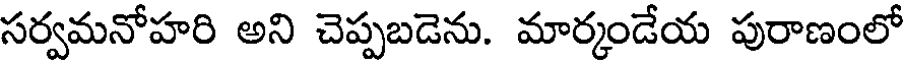
సర్వమనోహరి అని చెప్పబడెను. మార్కండేయ పురాణంలో